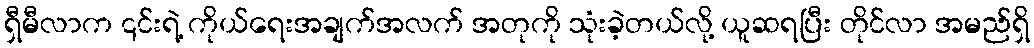
ရှီမီလာက ၎င်းရဲ့ ကိုယ်ရေးအချက်အလက် အတုကို သုံးခဲ့တယ်လို့ ယူဆရပြီး တိုင်လာ အမည်ရှိ